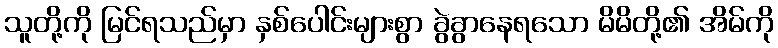
သူတို့ကို မြင်ရသည်မှာ နှစ်ပေါင်းများစွာ ခွဲခွာနေရသော မိမိတို့၏ အိမ်ကို